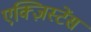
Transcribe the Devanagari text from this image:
एक्ज़िस्टेंस